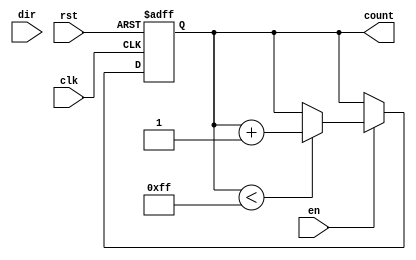
module ParameterizedCounter #(
    parameter WIDTH = 8,               // Width of the counter
    parameter COUNT_MODE = "UP"        // Counting mode: "UP", "DOWN", or "UPDOWN"
)(
    input wire clk,                    // Clock signal
    input wire rst,                    // Asynchronous reset
    input wire en,                     // Enable signal
    input wire dir,                    // Direction signal (1 for up, 0 for down)
    output reg [WIDTH-1:0] count       // Current count value
);

    // Internal signals
    reg [WIDTH-1:0] max_count;
    reg [WIDTH-1:0] min_count;

    // Initialize max and min counts based on WIDTH
    initial begin
        max_count = (1 << WIDTH) - 1;  // Maximum value for the counter
        min_count = 0;                  // Minimum value for the counter
    end

    // Counter behavior
    always @(posedge clk or posedge rst) begin
        if (rst) begin
            count <= min_count;          // Reset counter to minimum value
        end else if (en) begin
            case (COUNT_MODE)
                "UP": begin
                    if (count < max_count) begin
                        count <= count + 1; // Increment count
                    end
                end
                "DOWN": begin
                    if (count > min_count) begin
                        count <= count - 1; // Decrement count
                    end
                end
                "UPDOWN": begin
                    if (dir) begin
                        if (count < max_count) begin
                            count <= count + 1; // Increment count
                        end
                    end else begin
                        if (count > min_count) begin
                            count <= count - 1; // Decrement count
                        end
                    end
                end
                default: begin
                    count <= count; // No change if mode is invalid
                end
            endcase
        end
    end

endmodule